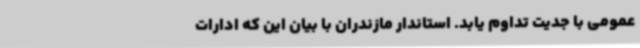
عمومی با جدیت تداوم یابد. استاندار مازندران با بیان این که ادارات